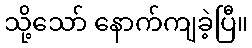
သို့သော် နောက်ကျခဲ့ပြီ။